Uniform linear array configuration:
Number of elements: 12
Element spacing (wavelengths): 1
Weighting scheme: cosine
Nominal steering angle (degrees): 45
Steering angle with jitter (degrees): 45.711
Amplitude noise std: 0.05
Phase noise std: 0.05

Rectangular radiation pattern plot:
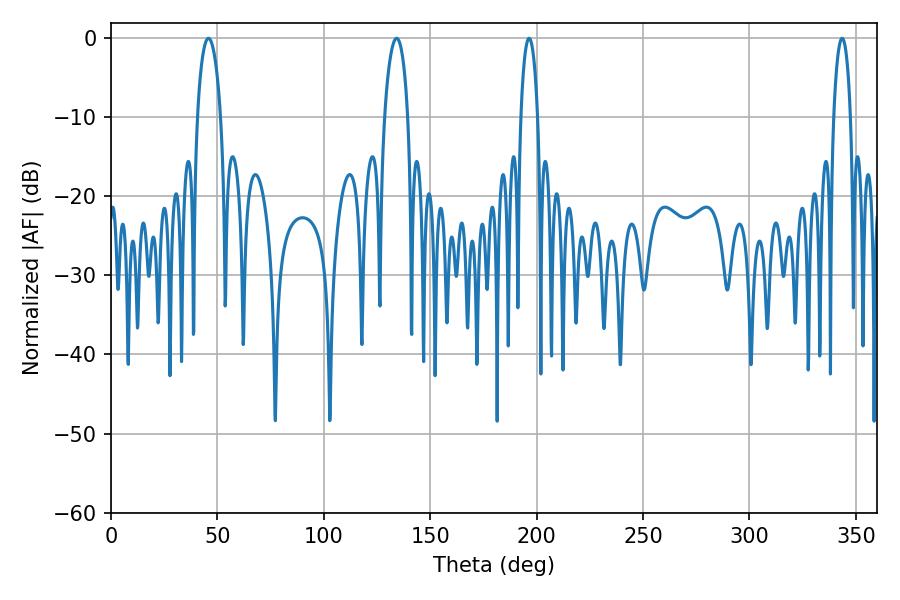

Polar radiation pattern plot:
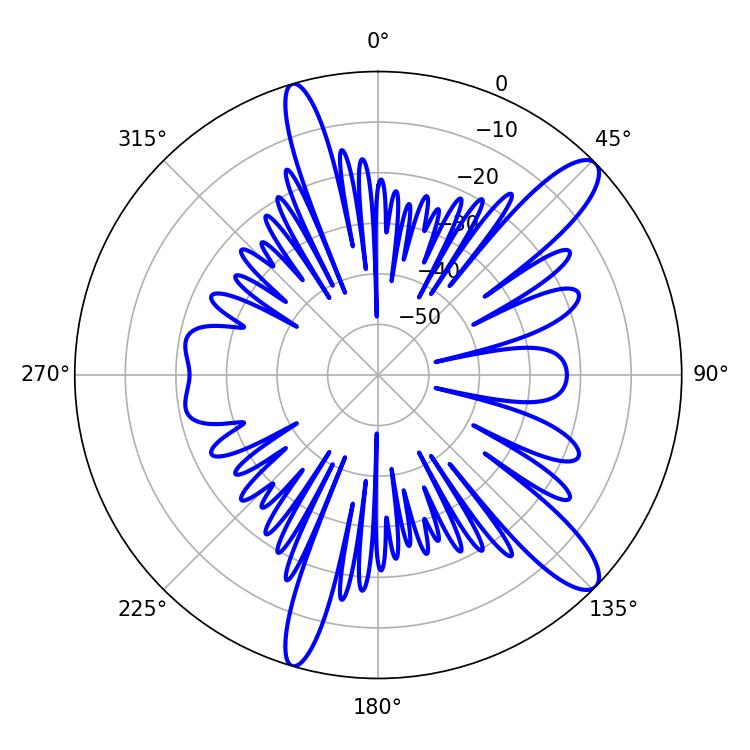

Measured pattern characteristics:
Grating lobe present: TRUE
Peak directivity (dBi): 12.145
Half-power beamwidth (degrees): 6.12
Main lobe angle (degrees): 45.72